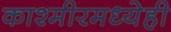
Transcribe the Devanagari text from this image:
काश्मीरमध्येही